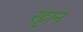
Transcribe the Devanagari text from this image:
रट्टान